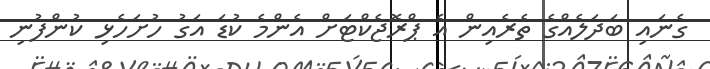
ގެނައި ބަދަލެއްގެ ތެރެއިން އެ ޕްރޮޖެކްޓަށް އެންމެ ކުޑަ އަގު ހުށަހެޅި ކުންފުނި